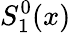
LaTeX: S_{1}^{0}(x)